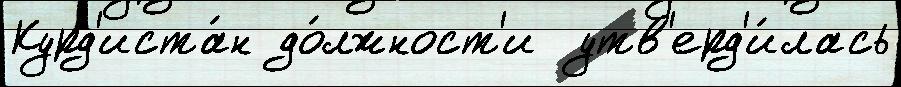
Курд'иста́н до́лжност'и  утв'ерд'и́лась